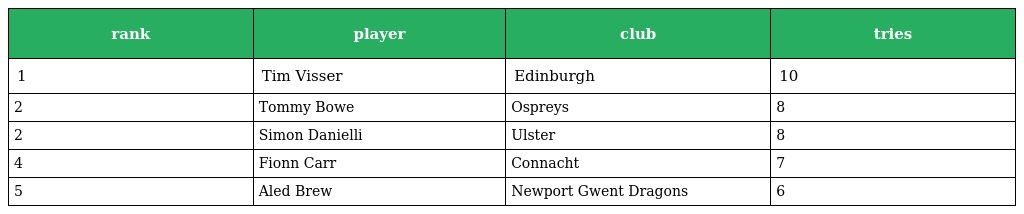
| rank | player | club | tries |
 | --- | --- | --- | --- |
 | 1 | Tim Visser | Edinburgh | 10 |
 | 2 | Tommy Bowe | Ospreys | 8 |
 | 2 | Simon Danielli | Ulster | 8 |
 | 4 | Fionn Carr | Connacht | 7 |
 | 5 | Aled Brew | Newport Gwent Dragons | 6 |